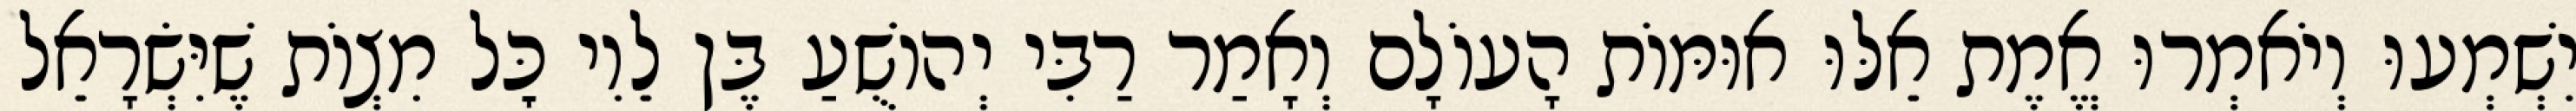
יִשְׁמְעוּ וְיֹאמְרוּ אֱמֶת אֵלּוּ אוּמּוֹת הָעוֹלָם וְאָמַר רַבִּי יְהוֹשֻׁעַ בֶּן לֵוִי כׇּל מִצְוֹת שֶׁיִּשְׂרָאֵל